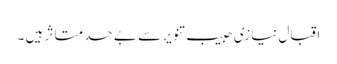
اقبال نیازی حبیب تنویر سے بے حد متاثر ہیں ۔